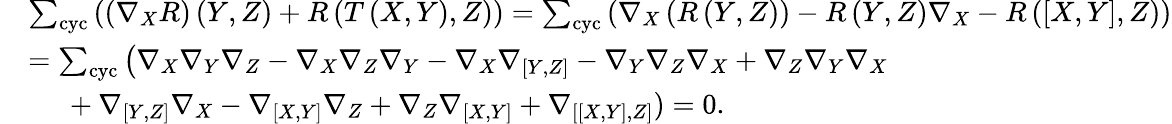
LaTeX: \begin{array}{rl}&{\sum_{\mathrm{cyc}}\left(\left(\nabla_{X}R\right)\left(Y,Z\right)+R\left(T\left(X,Y\right),Z\right)\right)=\sum_{\mathrm{cyc}}\left(\nabla_{X}\left(R\left(Y,Z\right)\right)-R\left(Y,Z\right)\nabla_{X}-R\left(\left[X,Y\right],Z\right)\right)}\\ &{=\sum_{\mathrm{cyc}}\left(\nabla_{X}\nabla_{Y}\nabla_{Z}-\nabla_{X}\nabla_{Z}\nabla_{Y}-\nabla_{X}\nabla_{\left[Y,Z\right]}-\nabla_{Y}\nabla_{Z}\nabla_{X}+\nabla_{Z}\nabla_{Y}\nabla_{X}\right.}\\ &{\mathrm{~\ \ \ \ }+\nabla_{\left[Y,Z\right]}\nabla_{X}-\nabla_{\left[X,Y\right]}\nabla_{Z}+\nabla_{Z}\nabla_{\left[X,Y\right]}+\nabla_{\left[\left[X,Y\right],Z\right]})=0.}\end{array}